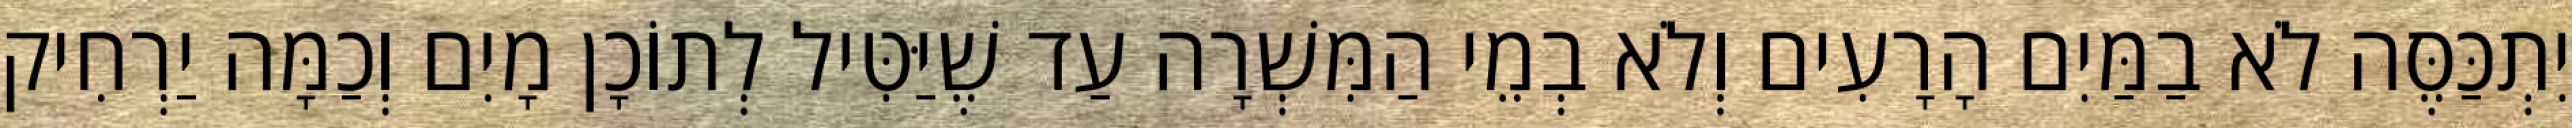
יִתְכַּסֶּה לֹא בַמַּיִם הָרָעִים וְלֹא בְמֵי הַמִּשְׁרָה עַד שֶׁיַּטִּיל לְתוֹכָן מָיִם וְכַמָּה יַרְחִיק